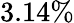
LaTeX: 3.14\%